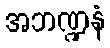
အဘဏ္ဍနံ